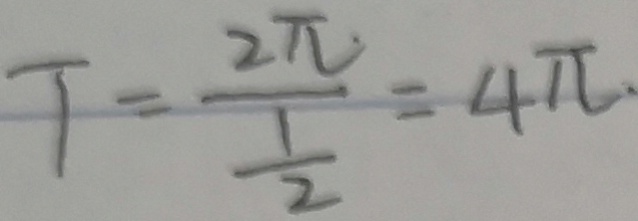
T = \frac { 2 \pi } { \frac { 1 } { 2 } } = 4 \pi